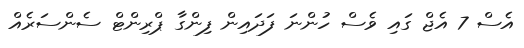
އެސް 7 އެޖް ގައި ވެސް ހުންނަ ފަދައިން ފިންގާ ޕްރިންޓް ސެންސަރެއް